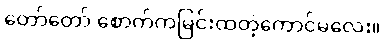
တော်တော် စောက်ကမြင်းထတဲ့ကောင်မလေး။